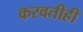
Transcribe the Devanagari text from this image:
करवतीही